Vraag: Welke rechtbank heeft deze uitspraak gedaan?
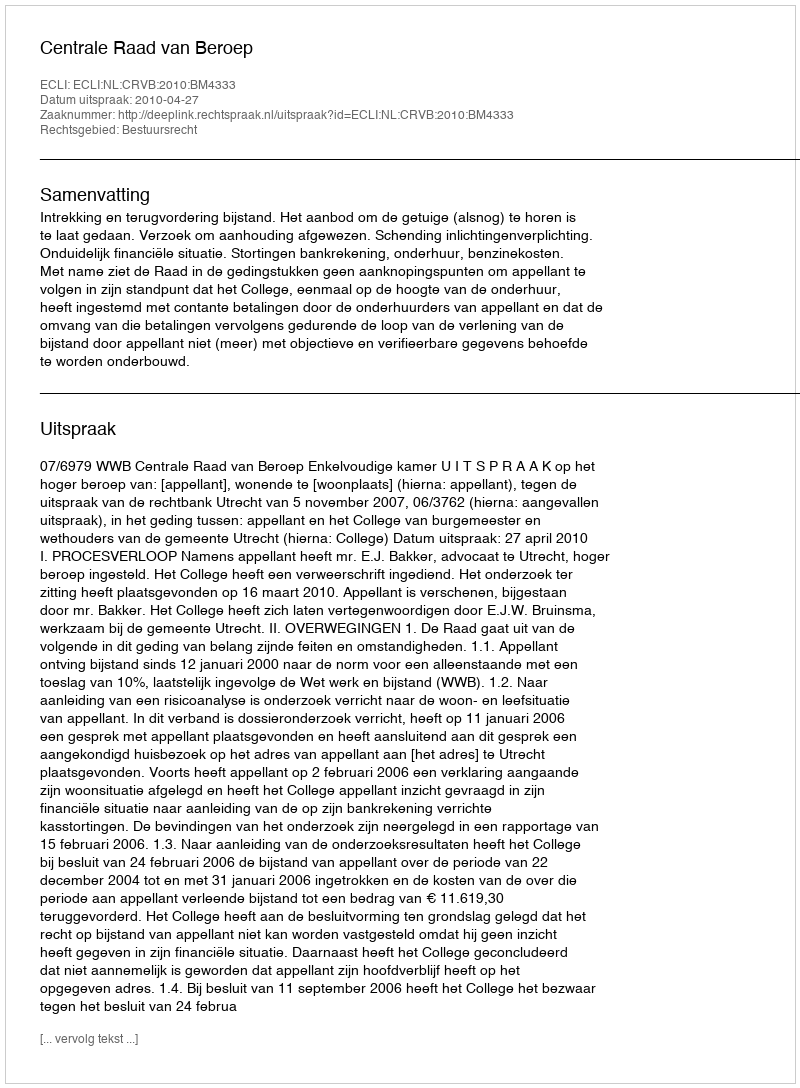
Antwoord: Centrale Raad van Beroep